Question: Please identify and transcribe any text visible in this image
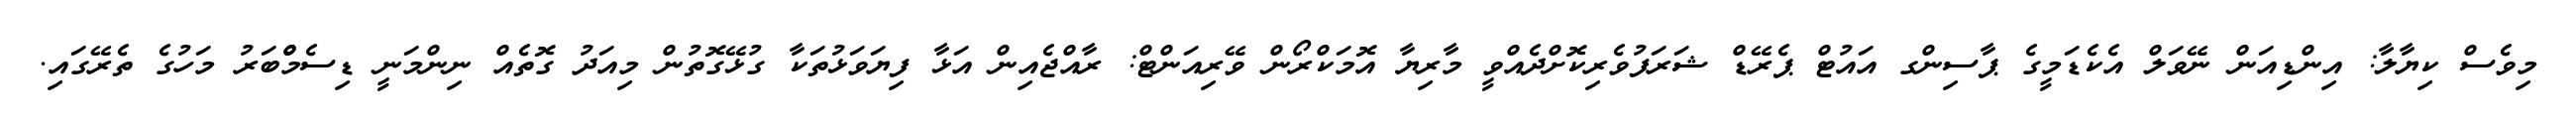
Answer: މިވެސް ކިޔާލާ: އިންޑިއަން ނޭވަލް އެކެޑަމީގެ ޕާސިންގ އައުޓް ޕެރޭޑް ޝަރަފުވެރިކޮށްދެއްވީ މާރިޔާ އޮމަކްރޯން ވޭރިއަންޓް: ރާއްޖެއިން އަޅާ ފިޔަވަޅުތަކާ ގުޅޭގޮތުން މިއަދު ގޮތެއް ނިންމަނީ ޑިސެމްްބަރު މަހުގެ ތެރޭގައި.